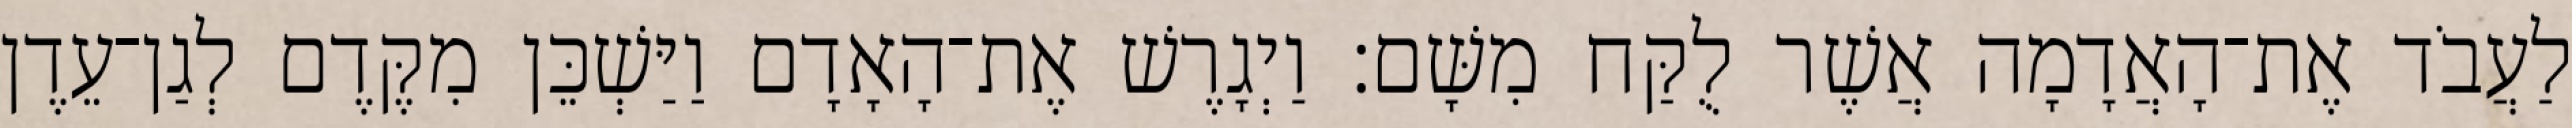
לַעֲבֹד אֶת־הָאֲדָמָה אֲשֶׁר לֻקַּח מִשָּׁם׃ וַיְגָרֶשׁ אֶת־הָאָדָם וַיַּשְׁכֵּן מִקֶּדֶם לְגַן־עֵדֶן